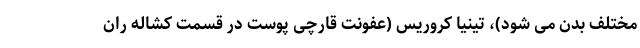
مختلف بدن می شود)، تینیا کروریس (عفونت قارچی پوست در قسمت کشاله ران